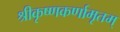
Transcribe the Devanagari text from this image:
श्रीकृष्णकर्णामृतम्